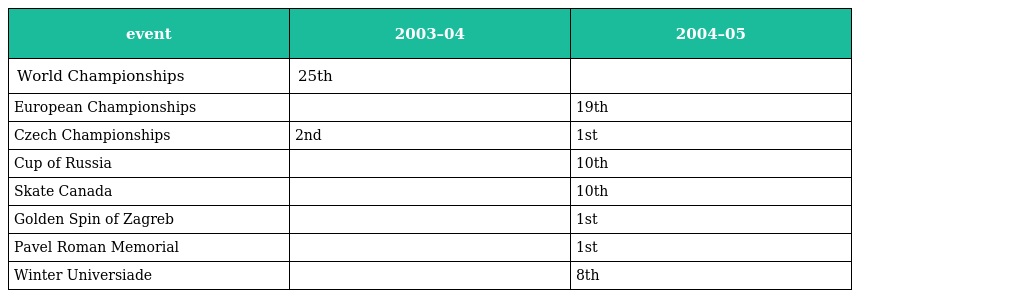
| event | 2003–04 | 2004–05 |
 | --- | --- | --- |
 | World Championships | 25th |  |
 | European Championships |  | 19th |
 | Czech Championships | 2nd | 1st |
 | Cup of Russia |  | 10th |
 | Skate Canada |  | 10th |
 | Golden Spin of Zagreb |  | 1st |
 | Pavel Roman Memorial |  | 1st |
 | Winter Universiade |  | 8th |